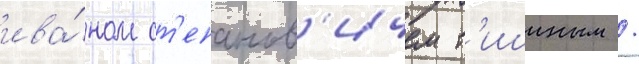
ива́ном ст'епанов'ичем т'ишиным /